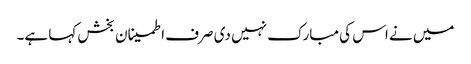
میں نے اس کی مبارک نہیں دی صرف اطمینان بخش کہا ہے۔